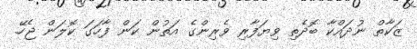
ޒަކާތް ނުދައްކާ ބޮދެތި ވިޔަފާރި ވެރިންގެ އަތުން ކަން ފާހަގަ ކޮލަން ޖެހޭ.